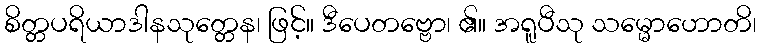
စိတ္တပရိယာဒါနသုတ္တေန၊ ဖြင့်။ ဒီပေတဗ္ဗော၊ ၏။ အရူပီသု သမ္မောဟောတိ၊